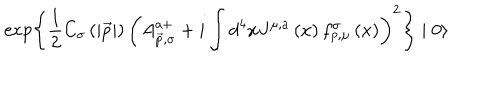
\exp \left\{ \frac 1 2 C _ { \sigma } \left( \left| \vec { p } \right| \right) \left( A _ { \vec { p } , \sigma } ^ { a + } + i \int d ^ { 4 } x J ^ { \mu , a } \left( x \right) f _ { p , \mu } ^ { \sigma } \left( x \right) \right) ^ { 2 } \right\} \mid 0 \rangle \